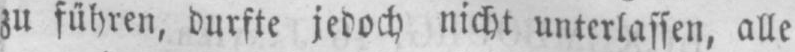
zu führen, durfte jedoch nicht unterlassen, alle